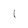
Character: 1